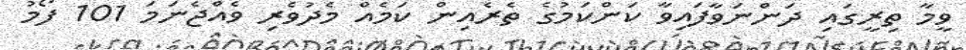
ވީމާ ތިރީގައި ދަންނަވާފައިވާ ކަންކަމުގެ ތެރެއިން ކަމެއް މެދުވެރި ވެއްޖެނަމަ 101 ފޯމު